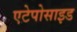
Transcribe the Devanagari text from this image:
एटेपोसाइड